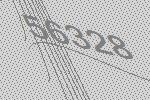
56328